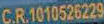
C.R.1010526229